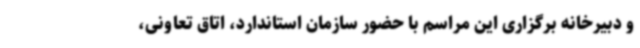
و دبیرخانه برگزاری این مراسم با حضور سازمان استاندارد، اتاق تعاونی،